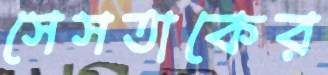
সেসতাকের